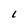
Character: L